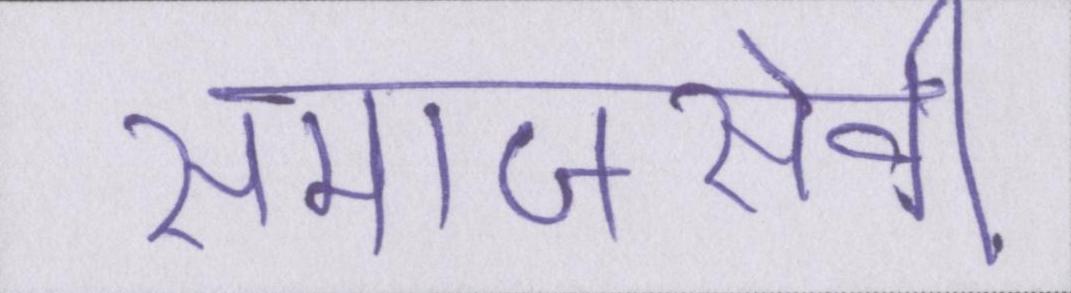
समाजसेवी